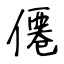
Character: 僊